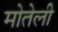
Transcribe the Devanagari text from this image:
मोतेली